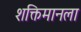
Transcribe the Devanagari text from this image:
शक्तिमानला